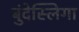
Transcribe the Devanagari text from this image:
बुंदेस्लिगा